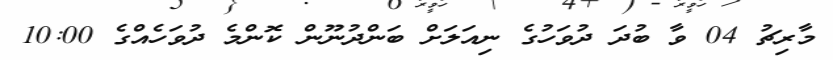
މާރިޗު 04 ވާ ބުދަ ދުވަހުގެ ނިއަލަށް ބަންދުނޫން ކޮންމެ ދުވަހެެއްގެ 10:00